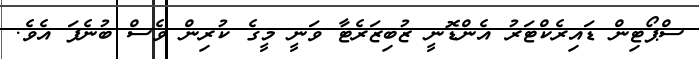
ސްޕޯޓިން ޑައިރެކްޓަރު އެންޑޮނީ ޒުބިޒަރެޓާ ވަނީ މީގެ ކުރިން ވެސް ބުނެފަ އެވެ.